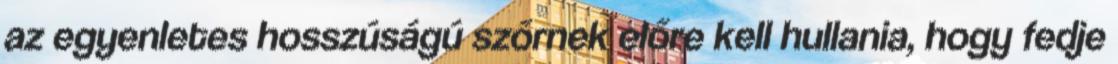
az egyenletes hosszúságú szőrnek előre kell hullania, hogy fedje